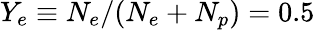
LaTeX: Y_{e}\equiv N_{e}/(N_{e}+N_{p})=0.5